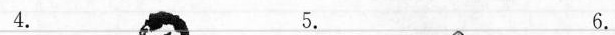
4. 5. 6.